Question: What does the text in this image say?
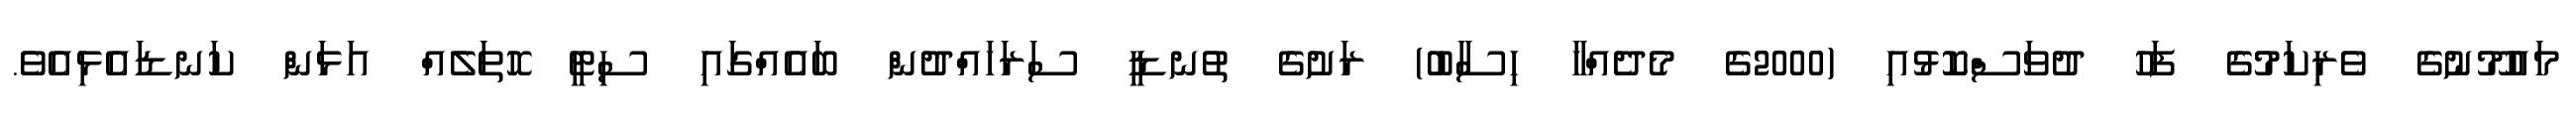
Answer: މައުމޫނުގެ ވެރިކަމުގެ ފަހު ދުވަސްކޮޅުއި (2000ގެ މެދެއްހާ ހިސާބު) ރަށުގެ ތުނޑީ ސަރަހައްދުން ބައެއްގައި ސިޓީ ހޮތަލެއް އަޅަން ކަނޑައެޅިއެވެ.